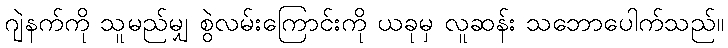
ဂျဲနက်ကို သူမည်မျှ စွဲလမ်းကြောင်းကို ယခုမှ လူဆန်း သဘောပေါက်သည်။